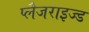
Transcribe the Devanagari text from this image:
प्लैजराइज्ड